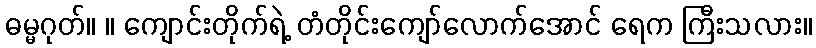
ဓမ္မဂုတ်။ ။ ကျောင်းတိုက်ရဲ့ တံတိုင်းကျော်လောက်အောင် ရေက ကြီးသလား။